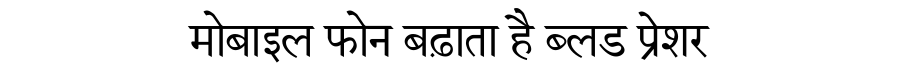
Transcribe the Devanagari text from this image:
मोबाइल फोन बढ़ाता है ब्लड प्रेशर